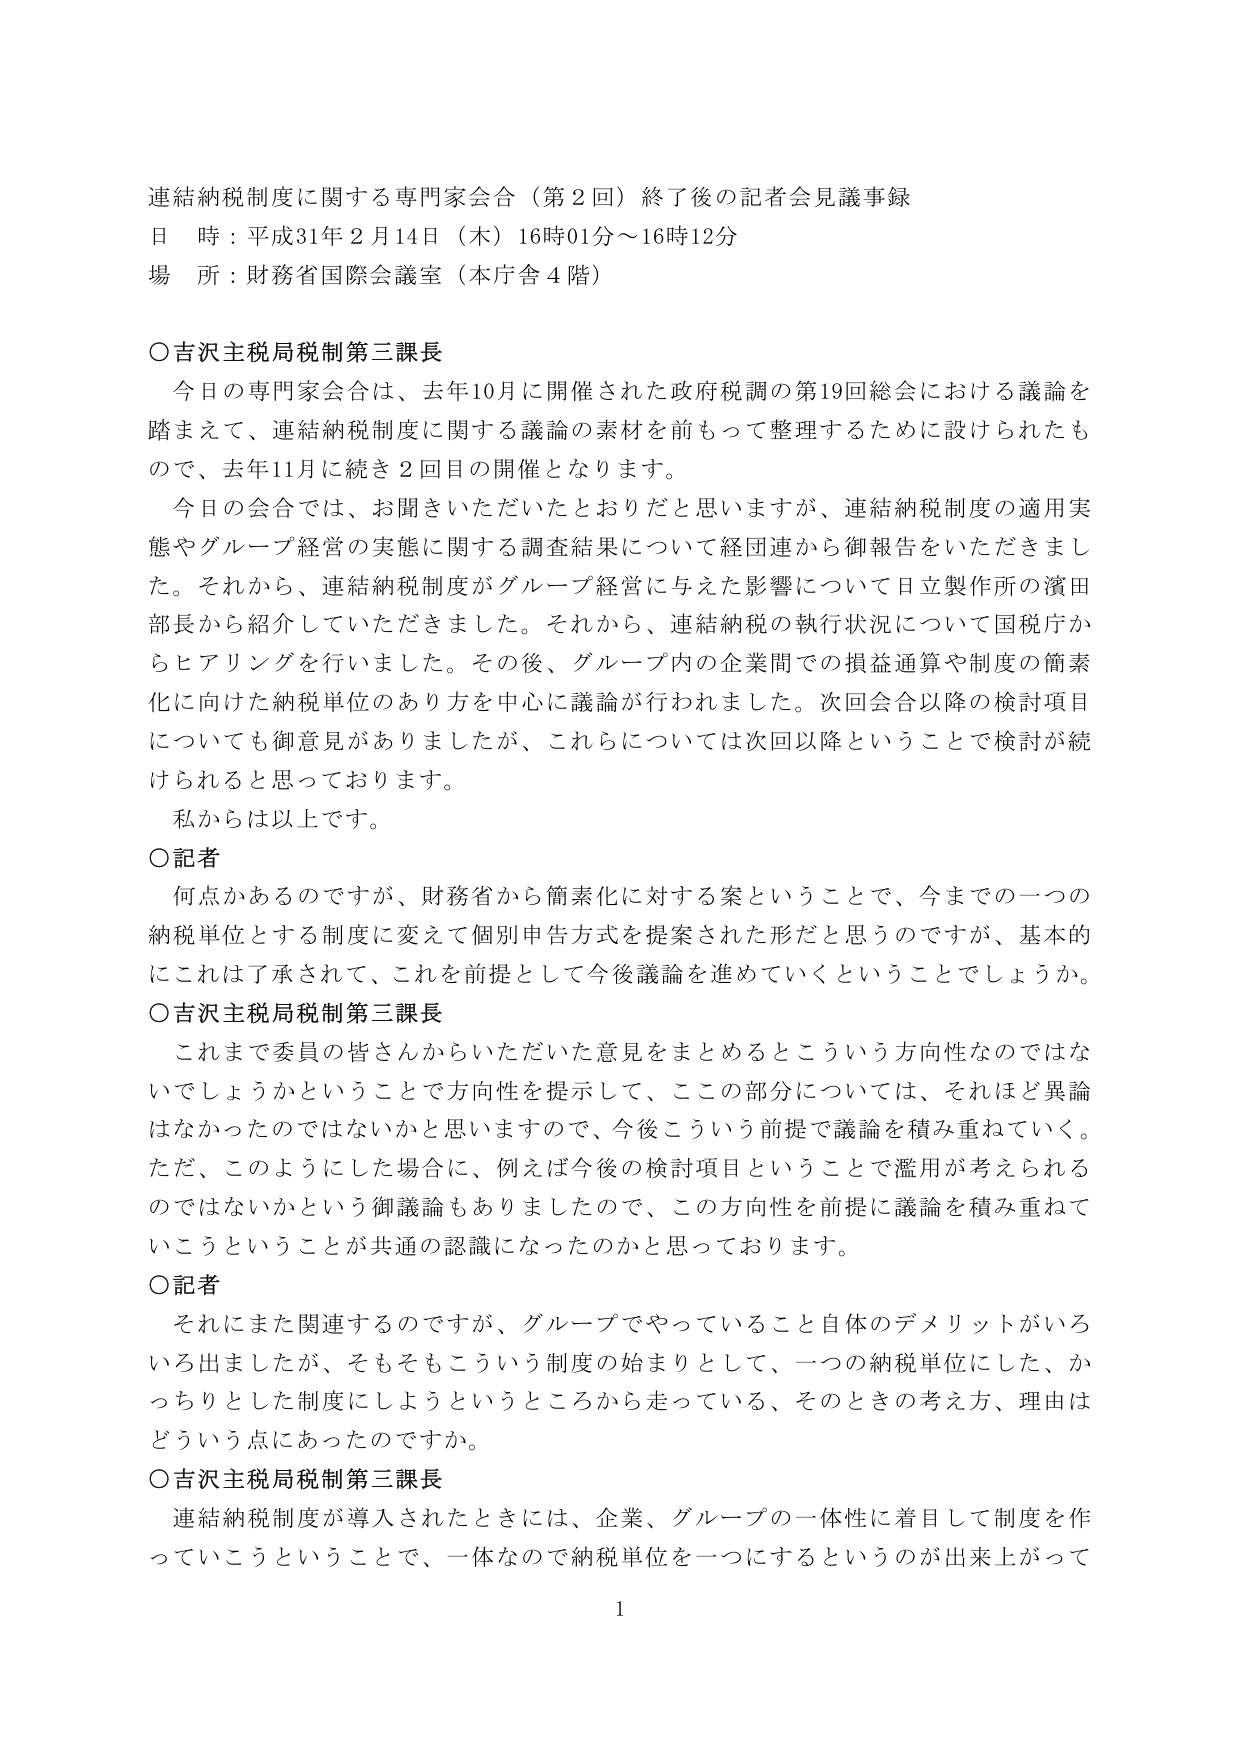
連結納税制度に関する専門家会合（第2回）終了後の記者会見議事録
日 時：平成31年2月14日（木）16時01分～16時12分
場 所：財務省国際会議室（本庁舎4階）

○吉沢主税局税制第三課長
　今日の専門家会合は、去年10月に開催された政府税調の第19回総会における議論を踏まえて、連結納税制度に関する議論の素材を前もって整理するために設けられたもので、去年11月に続き2回目の開催となります。
　今日の会合では、お聞きいただいたとおりだと思いますが、連結納税制度の適用実態やグループ経営の実態に関する調査結果について経団連から御報告をいただきました。それから、連結納税制度がグループ経営に与えた影響について日立製作所の濱田部長から紹介していただきました。それから、連結納税の執行状況について国税庁からヒアリングを行いました。その後、グループ内の企業間での損益通算や制度の簡素化に向けた納税単位のあり方を中心に議論が行われました。次回会合以降の検討項目についても御意見がありましたましたが、これらについては次回以降ということで検討が続けられるとと思っております。
　私からは以上です。

○記者
　何点かあるのですが、財務省から簡素化に対する案ということで、今までの一つの納税単位とする制度に変えて個別申告方式を提案された形だと思うのですが、基本的にこれは了承されて、これを前提として今後議論を進めていくということでしょうか。

○吉沢主税局税制第三課長
　これまで委員の皆さんからいただいた意見をまとめるところという方向性なのではないでしょうかということで方向性を提示して、この部分については、それほど異論はなかったのではないかと思いますので、今後こういう前提で議論を積み重ねていく。ただ、このようにした場合に、例えば今後の検討項目ということで濫用が考えられるのではないかという御議論もありましたので、この方向性を前提に議論を積み重ねていこうということが共通の認識になったのかと思っております。

○記者
　それにまた関連するのですが、グループでやっていること自体のデメリットがいろいろ出ましたが、そもそもこういう制度の始まりとして、一つの納税単位にした、かっちりとした制度にしようというところから走っている、そのときの考え方、理由はどういう点にあったのですか。

○吉沢主税局税制第三課長
　連結納税制度が導入されたときには、企業、グループの一体性に着目して制度を作っていこうということで、一体なので納税単位を一つにするというのが出来上がって

1